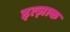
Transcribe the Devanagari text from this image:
इत्ज़ाक